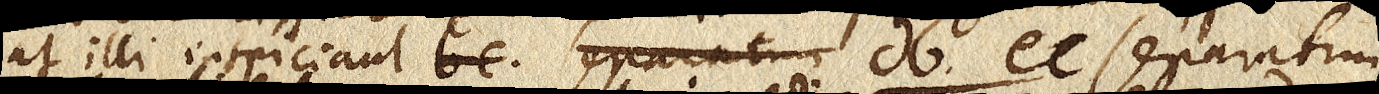
ut illi inspiciant bc. separatum db. ec. separatim,